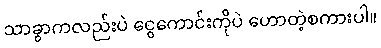
သာခွာကလည်းပဲ ငွေကောင်းကိုပဲ ဟောတဲ့စကားပါ။